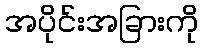
အပိုင်းအခြားကို